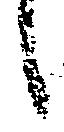
候